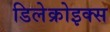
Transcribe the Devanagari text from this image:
डिलेक्रोइक्‍स